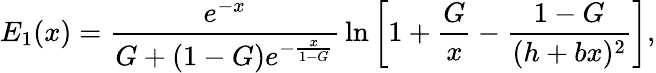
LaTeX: E_{1}(x)={\frac{e^{-x}}{G+(1-G)e^{-{\frac{x}{1-G}}}}}\ln\left[1+{\frac{G}{x}}-{\frac{1-G}{(h+bx)^{2}}}\right],